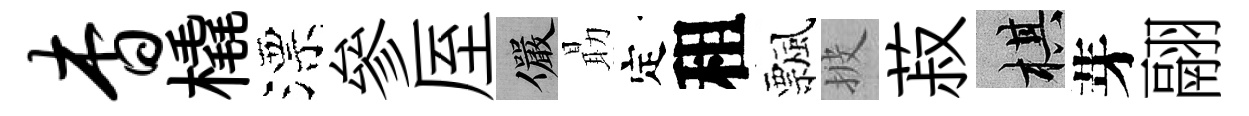
杳橇漂參厔儼朂定租飄披菽棋芽翮